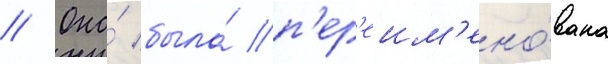
// Она́ была́ п'ер'еим'ено́вана